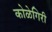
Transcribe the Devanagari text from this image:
कोळेगिरी